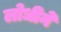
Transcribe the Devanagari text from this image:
लोधीने